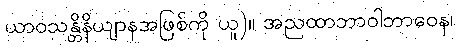
ယာဝသန္တိနိယျာနအဖြစ်ကို ယူ)။ အညထာဘာဝါဘာဝေန၊